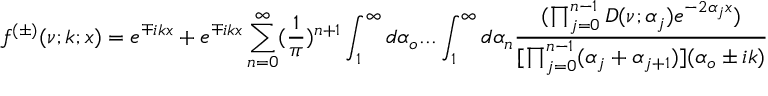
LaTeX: f ^ { ( \pm ) } ( \nu ; k ; x ) = e ^ { \mp i k x } + e ^ { \mp i k x } \sum _ { n = 0 } ^ { \infty } ( \frac { 1 } { \pi } ) ^ { n + 1 } \int _ { 1 } ^ { \infty } d \alpha _ { o } . . . \int _ { 1 } ^ { \infty } d \alpha _ { n } \frac { ( \prod _ { j = 0 } ^ { n - 1 } D ( \nu ; \alpha _ { j } ) e ^ { - 2 \alpha _ { j } x } ) } { [ \prod _ { j = 0 } ^ { n - 1 } ( \alpha _ { j } + \alpha _ { j + 1 } ) ] ( \alpha _ { o } \pm i k ) }